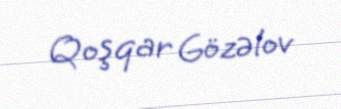
Qoşqar Gözəlov